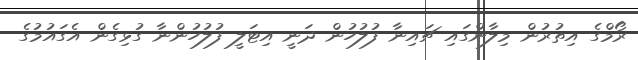
ރޯމްގެ އިތުރުން މިލާންގައި ޗައިނާ ފުލުހުން ދަނީ އިޓަލީ ފުލުހުންނާ ގުޅިގެން އެގައުމުގެ